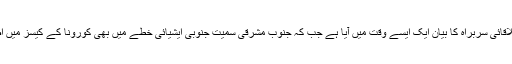
عالمی ادارہ صحت کے علاقائی سربراہ کا بیان ایک ایسے وقت میں آیا ہے جب کہ جنوب مشرقی سمیت جنوبی ایشیائی خطے میں بھی کورونا کے کیسز میں اضافہ دیکھنے میں آیا ہے۔